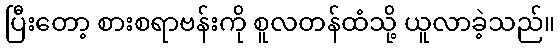
ပြီးတော့ စားစရာဗန်းကို စူလတန်ထံသို့ ယူလာခဲ့သည်။